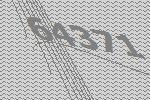
64371